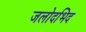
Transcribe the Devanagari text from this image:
जलोदभिद